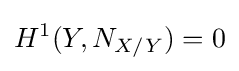
H^{1}(Y,N_{X/Y})=0